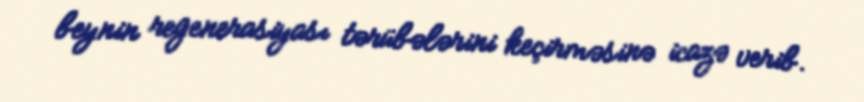
beynin regenerasiyası tərübələrini keçirməsinə icazə verib.